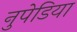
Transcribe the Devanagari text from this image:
नुपेडिया